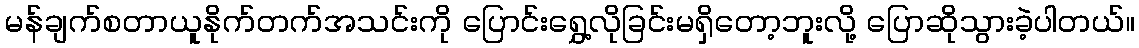
မန်ချက်စတာယူနိုက်တက်အသင်းကို ပြောင်းရွှေ့လိုခြင်းမရှိတော့ဘူးလို့ ပြောဆိုသွားခဲ့ပါတယ်။